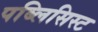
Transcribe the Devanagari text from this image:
पब्लिसिस्ट